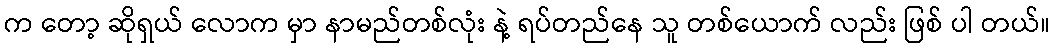
က တော့ ဆိုရှယ် လောက မှာ နာမည်တစ်လုံး နဲ့ ရပ်တည်နေ သူ တစ်ယောက် လည်း ဖြစ် ပါ တယ်။